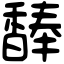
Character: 䭰